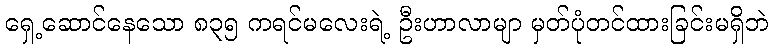
ရှေ့ဆောင်နေသော ၈၃၅ ကရင်မလေးရဲ့ ဦးဟာလာမျာ မှတ်ပုံတင်ထားခြင်းမရှိဘဲ